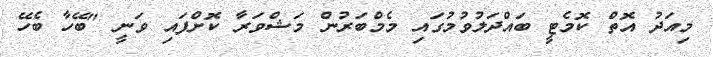
މިއަދު އޮތް ކޮމެޓީ ބައްދަލުވުމުގައި މެމްބަރުން މަޝްވަރާ ކޮށްފައި ވަނީ "ބޭހާ ބެހޭ